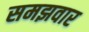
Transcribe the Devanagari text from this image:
समझवार